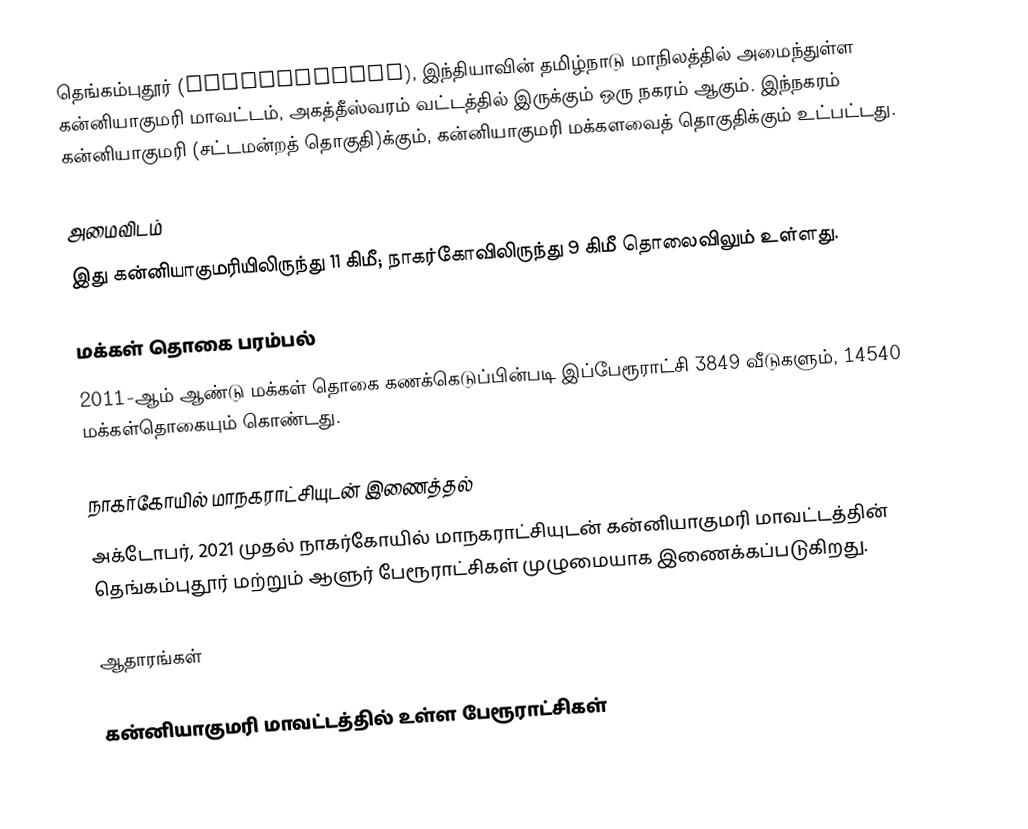
தெங்கம்புதூர் (Thengampudur), இந்தியாவின் தமிழ்நாடு மாநிலத்தில் அமைந்துள்ள கன்னியாகுமரி மாவட்டம், அகத்தீஸ்வரம் வட்டத்தில் இருக்கும் ஒரு நகரம் ஆகும். இந்நகரம் கன்னியாகுமரி (சட்டமன்றத் தொகுதி)க்கும், கன்னியாகுமரி மக்களவைத் தொகுதிக்கும் உட்பட்டது.

அமைவிடம்
இது கன்னியாகுமரியிலிருந்து 11 கிமீ; நாகர்கோவிலிருந்து 9 கிமீ தொலைவிலும் உள்ளது.

மக்கள் தொகை பரம்பல்
2011-ஆம் ஆண்டு மக்கள் தொகை கணக்கெடுப்பின்படி  இப்பேரூராட்சி                                      3849 வீடுகளும், 14540 மக்கள்தொகையும் கொண்டது.

நாகர்கோயில் மாநகராட்சியுடன் இணைத்தல்
அக்டோபர், 2021 முதல் நாகர்கோயில் மாநகராட்சியுடன் கன்னியாகுமரி மாவட்டத்தின் தெங்கம்புதூர் மற்றும் ஆளுர் பேரூராட்சிகள் முழுமையாக இணைக்கப்படுகிறது.

ஆதாரங்கள்

கன்னியாகுமரி மாவட்டத்தில் உள்ள பேரூராட்சிகள்